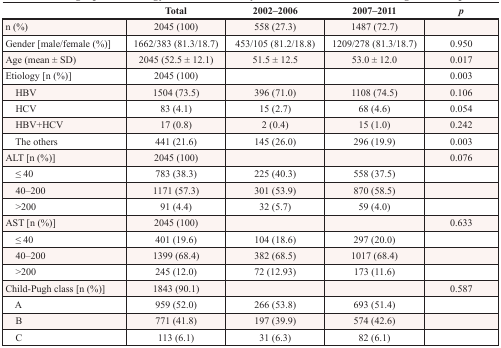
<table><thead><tr><td></td><td><b>Total</b></td><td><b>2002–2006</b></td><td><b>2007–2011</b></td><td><b><i>p</i></b></td></tr></thead><tbody><tr><td>n (%)</td><td>2045 (100)</td><td>558 (27.3)</td><td>1487 (72.7)</td><td></td></tr><tr><td>Gender [male/female (%)]</td><td>1662/383 (81.3/18.7)</td><td>453/105 (81.2/18.8)</td><td>1209/278 (81.3/18.7)</td><td>0.950</td></tr><tr><td>Age (mean ± SD)</td><td>2045 (52.5 ± 12.1)</td><td>51.5 ± 12.5</td><td>53.0 ± 12.0</td><td>0.017</td></tr><tr><td>Etiology [n (%)]</td><td>2045 (100)</td><td></td><td></td><td>0.003</td></tr><tr><td> HBV</td><td>1504 (73.5)</td><td>396 (71.0)</td><td>1108 (74.5)</td><td>0.106</td></tr><tr><td> HCV</td><td>83 (4.1)</td><td>15 (2.7)</td><td>68 (4.6)</td><td>0.054</td></tr><tr><td> HBV+HCV</td><td>17 (0.8)</td><td>2 (0.4)</td><td>15 (1.0)</td><td>0.242</td></tr><tr><td> The others</td><td>441 (21.6)</td><td>145 (26.0)</td><td>296 (19.9)</td><td>0.003</td></tr><tr><td>ALT [n (%)]</td><td>2045 (100)</td><td></td><td></td><td>0.076</td></tr><tr><td> ≤ 40</td><td>783 (38.3)</td><td>225 (40.3)</td><td>558 (37.5)</td><td></td></tr><tr><td> 40–200</td><td>1171 (57.3)</td><td>301 (53.9)</td><td>870 (58.5)</td><td></td></tr><tr><td> &gt;200</td><td>91 (4.4)</td><td>32 (5.7)</td><td>59 (4.0)</td><td></td></tr><tr><td>AST [n (%)]</td><td>2045 (100)</td><td></td><td></td><td>0.633</td></tr><tr><td> ≤ 40</td><td>401 (19.6)</td><td>104 (18.6)</td><td>297 (20.0)</td><td></td></tr><tr><td> 40–200</td><td>1399 (68.4)</td><td>382 (68.5)</td><td>1017 (68.4)</td><td></td></tr><tr><td> &gt;200</td><td>245 (12.0)</td><td>72 (12.93)</td><td>173 (11.6)</td><td></td></tr><tr><td>Child-Pugh class [n (%)]</td><td>1843 (90.1)</td><td></td><td></td><td>0.587</td></tr><tr><td> A</td><td>959 (52.0)</td><td>266 (53.8)</td><td>693 (51.4)</td><td></td></tr><tr><td> B</td><td>771 (41.8)</td><td>197 (39.9)</td><td>574 (42.6)</td><td></td></tr><tr><td> C</td><td>113 (6.1)</td><td>31 (6.3)</td><td>82 (6.1)</td><td></td></tr></tbody></table>